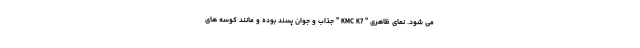
می شود. نمای ظاهری " KMC K7 " جذاب و جوان پسند بوده و مانند کوسه های